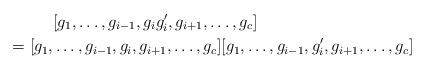
LaTeX: \begin{align*}&[g_1, \dots, g_{i-1}, g_i g_i', g_{i+1}, \dots, g_c] \\ = [g_1,& \dots, g_{i-1}, g_i, g_{i+1}, \dots, g_c][g_1, \dots, g_{i-1}, g_i', g_{i+1}, \dots, g_c]\end{align*}